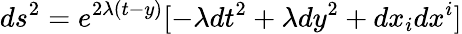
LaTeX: ds^{2}=e^{2\lambda(t-y)}[-\lambda dt^{2}+\lambda dy^{2}+dx_{i}dx^{i}]